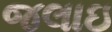
જલાઇ